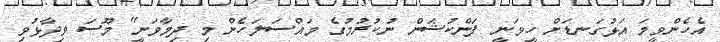
އެހެންވީމަ އަޅުގަނޑަށް ހީވަނީ ފަންކުޝަން ނުކުރުމުގެ މައްސަލަހެން މި ދިމާވަނީ" މޫސަ ވިދާޅުވި